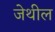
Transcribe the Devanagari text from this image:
जेथील